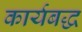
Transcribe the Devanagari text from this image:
कार्यबद्ध